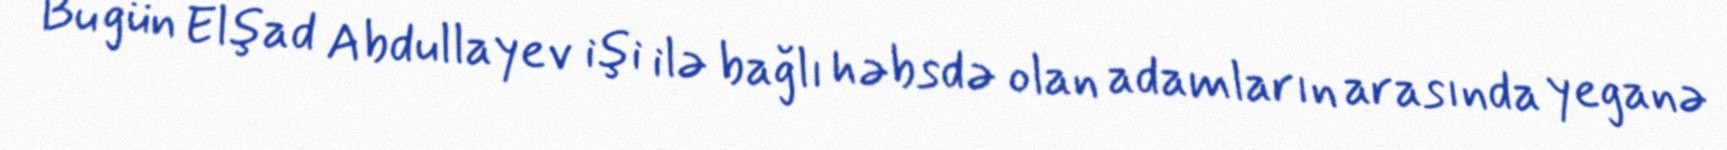
Bu gün Elşad Abdullayev işi ilə bağlı həbsdə olan adamların arasında yeganə